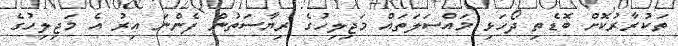
ތަކުރާރުކޮށް ބޮޑެތި ދޯހަޅި މައްސަލަތައް މަޖިލިހުގެ ރިޔާސަތުން ފެންނަ އިރު އެ މަޖިލިހުގެ